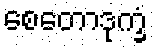
စေတောဒုက္ခံ